Vaccination in Bombay 1863-1868 - 1863-1868
Year: 1863
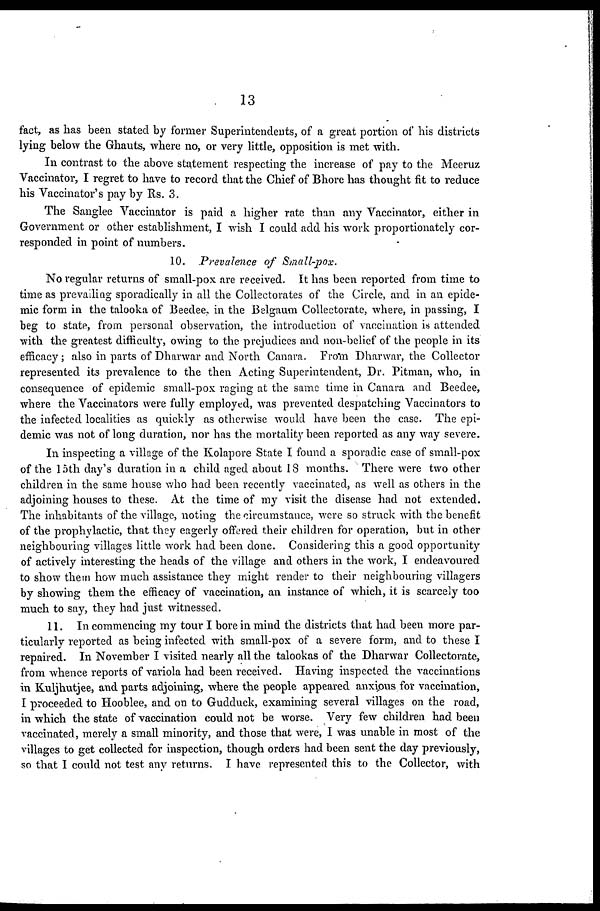
13
fact, as has been stated by former Superintendents, of a great portion of his districts
lying below the Ghauts, where no, or very little, opposition is met with.
In contrast to the above statement respecting the increase of pay to the Meeruz
Vaccinator, I regret to have to record that the Chief of Bhore has thought fit to reduce
his Vaccinator's pay by Rs. 3.
The Sanglee Vaccinator is paid a higher rate than any Vaccinator, either in
Government or other establishment, I wish I could add his work proportionately cor-
responded in point of numbers.
10. Prevalence of Small-pox.
No regular returns of small-pox are received. It has been reported from time to
time as prevailing sporadically in all the Collectorates of the Circle, and in an epide-
mic form in the talooka of Beedee, in the Belgaum Collectorate, where, in passing, I
beg to state, from personal observation, the introduction of vaccination is attended
with the greatest difficulty, owing to the prejudices and non-belief of the people in its
efficacy; also in parts of Dharwar and North Canara. From Dharwar, the Collector
represented its prevalence to the then Acting Superintendent, Dr. Pitman, who, in
consequence of epidemic small-pox raging at the same time in Canara and Beedee,
where the Vaccinators were fully employed, was prevented despatching Vaccinators to
the infected localities as quickly as otherwise would have been the case. The epi-
demic was not of long duration, nor has the mortality been reported as any way severe.
In inspecting a village of the Kolapore State I found a sporadic case of small-pox
of the 15th day's duration in a child aged about 18 months. There were two other
children in the same house who had been recently vaccinated, as well as others in the
adjoining houses to these. At the time of my visit the disease had not extended.
The inhabitants of the village, noting the circumstance, were so struck with the benefit
of the prophylactic, that they eagerly offered their children for operation, but in other
neighbouring villages little work had been done. Considering this a good opportunity
of actively interesting the heads of the village, and others in the work, I endeavoured
to show them how much assistance they might render to their neighbouring villagers
by showing them the efficacy of vaccination, an instance of which, it is scarcely too
much to say, they had just witnessed.
11. In commencing my tour I bore in mind the districts that had been more par-
ticularly reported as being infected with small-pox of a severe form, and to these I
repaired. In November I visited nearly all the talookas of the Dharwar Collectorate,
from whence reports of variola had been received. Having inspected the vaccinations
in Kuljhutjee, and parts adjoining, where the people appeared anxious for vaccination,
I proceeded to Hooblee, and on to Gudduck, examining several villages on the road,
in which the state of vaccination could not be worse. Very few children had been
vaccinated, merely a small minority, and those that were, I was unable in most of the
villages to get collected for inspection, though orders had been sent the day previously,
so that I could not test any returns. I have represented this to the Collector, with